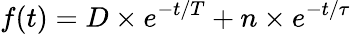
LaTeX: f(t)=D\times e^{-t/T}+n\times e^{-t/\tau}